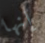
إنها